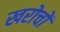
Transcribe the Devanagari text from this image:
खरोचों